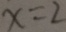
x = 2